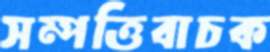
সম্পত্তিবাচক